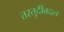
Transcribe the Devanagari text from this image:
तरतुदींबद्दल